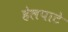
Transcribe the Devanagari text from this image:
हेलपाटे